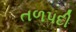
તળપદી